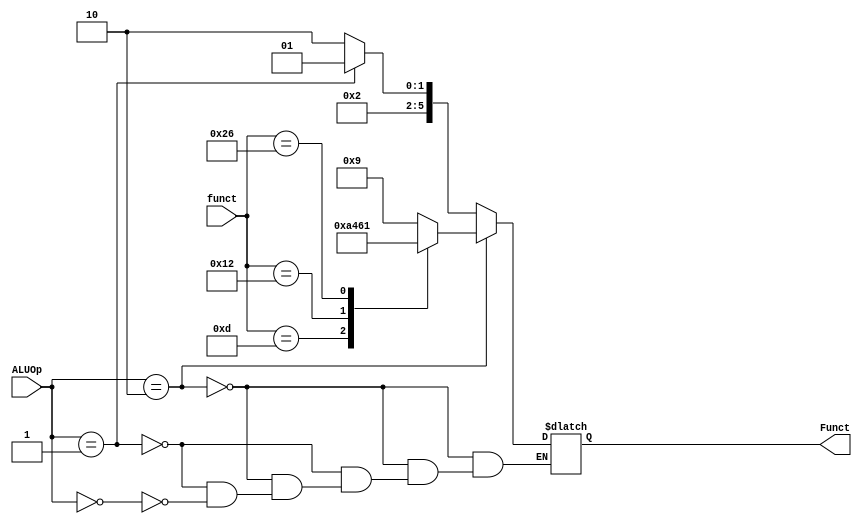
module ALU_Control(
		input[5:0] funct,
		input[1:0] ALUOp,
		output reg[5:0] Funct
	);
	always@(funct, ALUOp)begin
		if(ALUOp == 2'b10)begin
			case(funct)
			6'b001011: Funct = 6'b001001;
			6'b001101: Funct = 6'b001010;
			6'b010010: Funct = 6'b010001;
			6'b100110: Funct = 6'b100001;
			default: Funct = 6'bx;
			endcase
		end
		else if (ALUOp == 2'b01) Funct = 6'b001001;
		else if (ALUOp == 2'b00) Funct = 6'b001010;	
	end	
endmodule